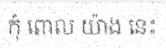
កុំ ពោល យ៉ាង នេះ